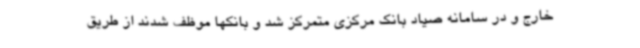
خارج و در سامانه صیاد بانک مرکزی متمرکز شد و بانکها موظف شدند از طریق